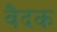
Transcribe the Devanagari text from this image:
वैदक